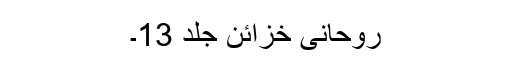
روحانی خزائن جلد 13۔